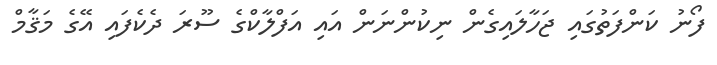
ފޯނު ކަންފަތުގައި ޖަހާލައިގެން ނިކުންނަން އައި އަފްލާކްގެ ސޫރަ ދެކެފައި އޭގެ މަޤާމް